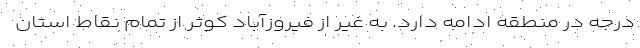
درجه در منطقه ادامه دارد. به غیر از فیروزآباد کوثر از تمام نقاط استان